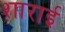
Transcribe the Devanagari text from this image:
शाराई